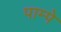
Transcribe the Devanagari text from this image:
पाम्पे